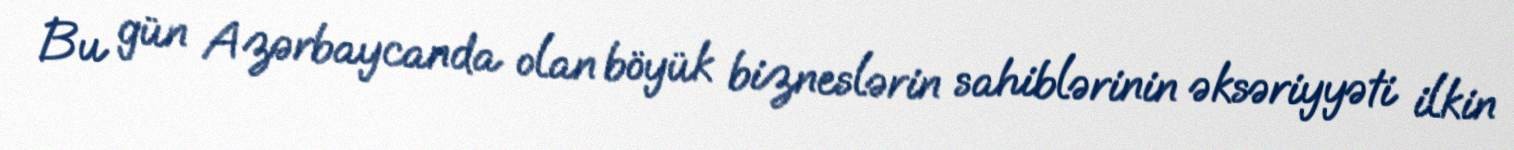
Bu gün Azərbaycanda olan böyük bizneslərin sahiblərinin əksəriyyəti ilkin